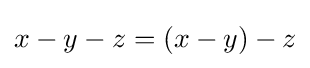
x-y-z=(x-y)-z